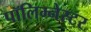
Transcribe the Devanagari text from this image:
पॉलिम्नेस्टर